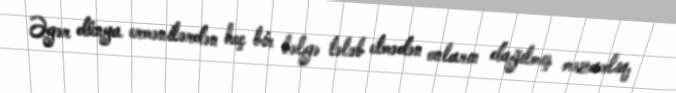
Əgər dünya ermənilərdən heç bir bəlgə tələb etmədən onların dağılmış məzarlıq,